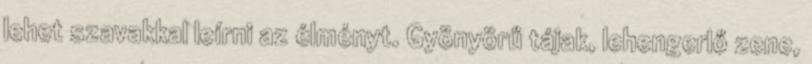
lehet szavakkal leírni az élményt. Gyönyörű tájak, lehengerlő zene,